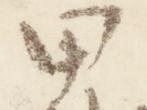
甲